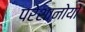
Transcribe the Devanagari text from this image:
परेशानोयों